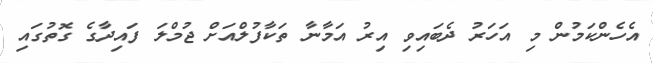
އެހެންކަމުން މި އަހަރު ދެބައިވި އިރު އަމާނާ ތަކާފުލްއަށް ޖުމްލަ ފައިދާގެ ގޮތުގައި